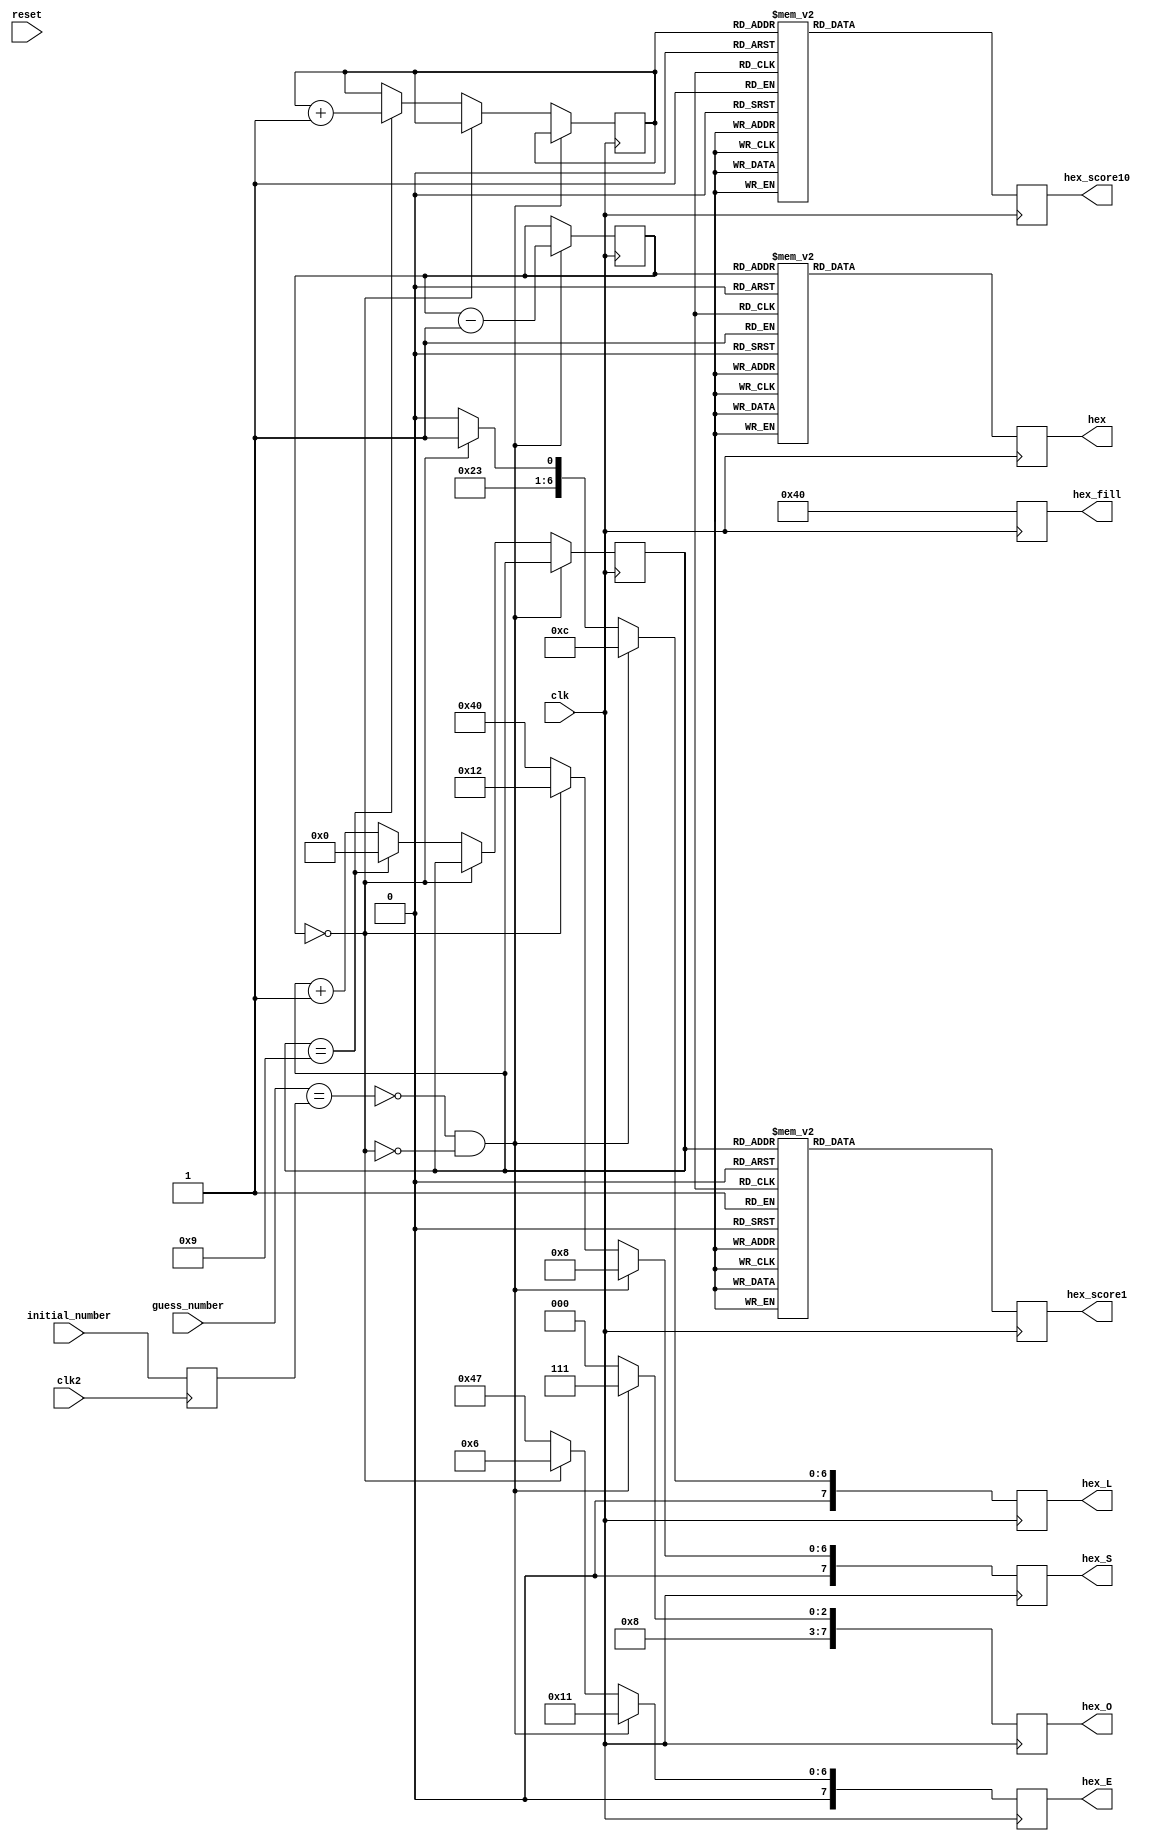
//===============================================
// GUESS
//===============================================
module Guess(
	input clk, clk2, reset,
	input [3:0] guess_number, initial_number,

	output reg [7:0] hex, hex_L, hex_O, hex_S, hex_E, hex_fill, hex_score1, hex_score10
	);
	
	reg [3:0] lives = 4'b1001;
	reg [3:0] score1 = 4'b0000;
	reg [3:0] score10 = 4'b0000;
	reg [3:0] actual_number = 4'b0000;
	
	always @(posedge clk2) begin
		actual_number = initial_number;
	end
	
	always @(posedge clk) begin
		hex_fill = 7'b1000000; // 0
		
		case(lives[3:0])
			4'b0000: hex = 7'b1000000; // 0
			4'b0001: hex = 7'b1111001; // 1
			4'b0010: hex = 7'b0100100; // 2
			4'b0011: hex = 7'b0110000; // 3
			4'b0100: hex = 7'b0011001; // 4
			4'b0101: hex = 7'b0010010; // 5
			4'b0110: hex = 7'b0000010; // 6
			4'b0111: hex = 7'b1111000; // 7
			4'b1000: hex = 7'b0000000; // 8
			4'b1001: hex = 7'b0011000; // 9
			
			default: hex = 7'b0011000; // 9
		endcase
		
		case(score1[3:0])
			4'b0000: hex_score1 = 7'b1000000; // 0
			4'b0001: hex_score1 = 7'b1111001; // 1
			4'b0010: hex_score1 = 7'b0100100; // 2
			4'b0011: hex_score1 = 7'b0110000; // 3
			4'b0100: hex_score1 = 7'b0011001; // 4
			4'b0101: hex_score1 = 7'b0010010; // 5
			4'b0110: hex_score1 = 7'b0000010; // 6
			4'b0111: hex_score1 = 7'b1111000; // 7
			4'b1000: hex_score1 = 7'b0000000; // 8
			4'b1001: hex_score1 = 7'b0011000; // 9
			
			default: hex_score1 = 7'b1000000; // 0
		endcase
		
		case(score10[3:0])
			4'b0000: hex_score10 = 7'b1000000; // 0
			4'b0001: hex_score10 = 7'b1111001; // 1
			4'b0010: hex_score10 = 7'b0100100; // 2
			4'b0011: hex_score10 = 7'b0110000; // 3
			4'b0100: hex_score10 = 7'b0011001; // 4
			4'b0101: hex_score10 = 7'b0010010; // 5
			4'b0110: hex_score10 = 7'b0000010; // 6
			4'b0111: hex_score10 = 7'b1111000; // 7
			4'b1000: hex_score10 = 7'b0000000; // 8
			4'b1001: hex_score10 = 7'b0011000; // 9
			
			default: hex_score10 = 7'b1000000; // 0
		endcase
		
		// --------GFEDCBA
		hex_L = 7'b0001100;
		hex_O = 7'b1000111;
		hex_S = 7'b0001000;
		hex_E = 7'b0010001;
	
		if (~(guess_number == actual_number) && ~(lives == 4'b0000)) begin
			lives = lives - 1'b1;
		end
		else if (lives == 4'b0000) begin
			hex_L = 7'b1000111;
			hex_O = 7'b1000000;
			hex_S = 7'b0010010;
			hex_E = 7'b0000110;
		end
		else begin
			// --------GFEDCBA
			hex_L = 7'b1000110;
			hex_O = 7'b1000000;
			hex_S = 7'b1000000;
			hex_E = 7'b1000111;
			
			if (score1 == 4'b1001) begin
				score10 = score10 + 1'b1;
				score1 = 4'b0000;
			end
			else
				score1 = score1 + 1'b1;
		end
	end
	
endmodule